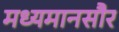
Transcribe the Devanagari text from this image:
मध्यमानसौर